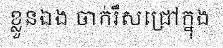
ខ្លួនឯង ចាក់រឹសជ្រៅក្នុង